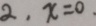
2 , x = 0 .